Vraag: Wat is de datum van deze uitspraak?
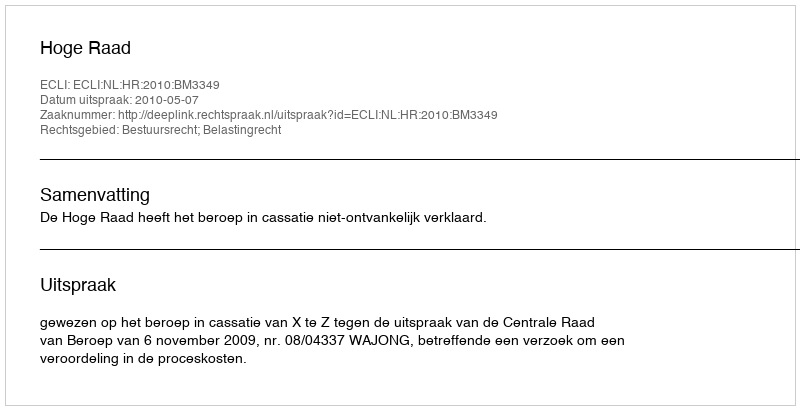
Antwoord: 2010-05-07